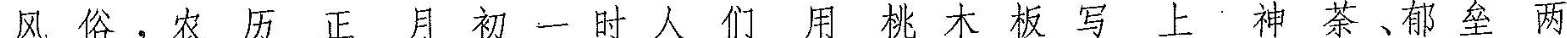
风俗，农历正月初一时人们用桃木板写上神茶、郁垒两